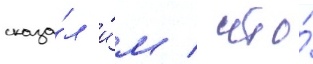
сказа́л и́м / что́